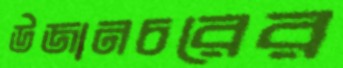
উজানচরের